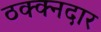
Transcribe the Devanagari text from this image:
ठक्क्नदार